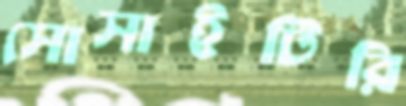
সোসাইটিরি